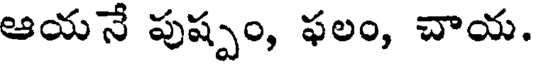
ఆయనే పుష్పం, ఫలం, చాయ.